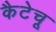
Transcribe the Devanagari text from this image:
कैटेचू